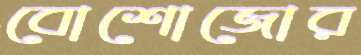
বোশোজোর